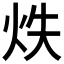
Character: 𭴓